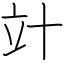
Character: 竍